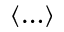
\left\langle { \dots } \right\rangle